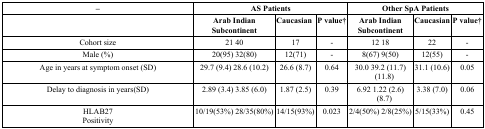
<table><thead><tr><td><b>–</b></td><td colspan="3"><b>AS Patients</b></td><td colspan="3"><b>Other SpA Patients</b></td></tr><tr><td></td><td><b>Arab IndianSubcontinent</b></td><td><b>Caucasian</b></td><td><b>P value†</b></td><td><b>Arab IndianSubcontinent</b></td><td><b>Caucasian</b></td><td><b>P value†</b></td></tr></thead><tbody><tr><td>Cohort size</td><td>21 40</td><td>17</td><td>-</td><td>12 18</td><td>22</td><td>-</td></tr><tr><td>Male (%)</td><td>20(95) 32(80)</td><td>12(71)</td><td>-</td><td>8(67) 9(50)</td><td>12(55)</td><td>-</td></tr><tr><td>Age in years at symptom onset (SD)</td><td>29.7 (9.4) 28.6 (10.2)</td><td>26.6 (8.7)</td><td>0.64</td><td>30.0 39.2 (11.7)(11.8)</td><td>31.1 (10.6)</td><td>0.05</td></tr><tr><td>Delay to diagnosis in years(SD)</td><td>2.89 (3.4) 3.85 (6.0)</td><td>1.87 (2.5)</td><td>0.39</td><td>6.92 1.22 (2.6)(8.7)</td><td>3.38 (7.0)</td><td>0.06</td></tr><tr><td>HLAB27Positivity</td><td>10/19(53%) 28/35(80%)</td><td>14/15(93%)</td><td>0.023</td><td>2/4(50%) 2/8(25%)</td><td>5/15(33%)</td><td>0.45</td></tr></tbody></table>